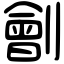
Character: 劊